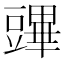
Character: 𧰆